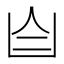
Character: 𦣹